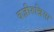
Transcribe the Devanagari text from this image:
वज़ीरुन्निसा